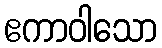
ဧကာဝါသော